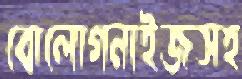
বোলোগনাইজসহ